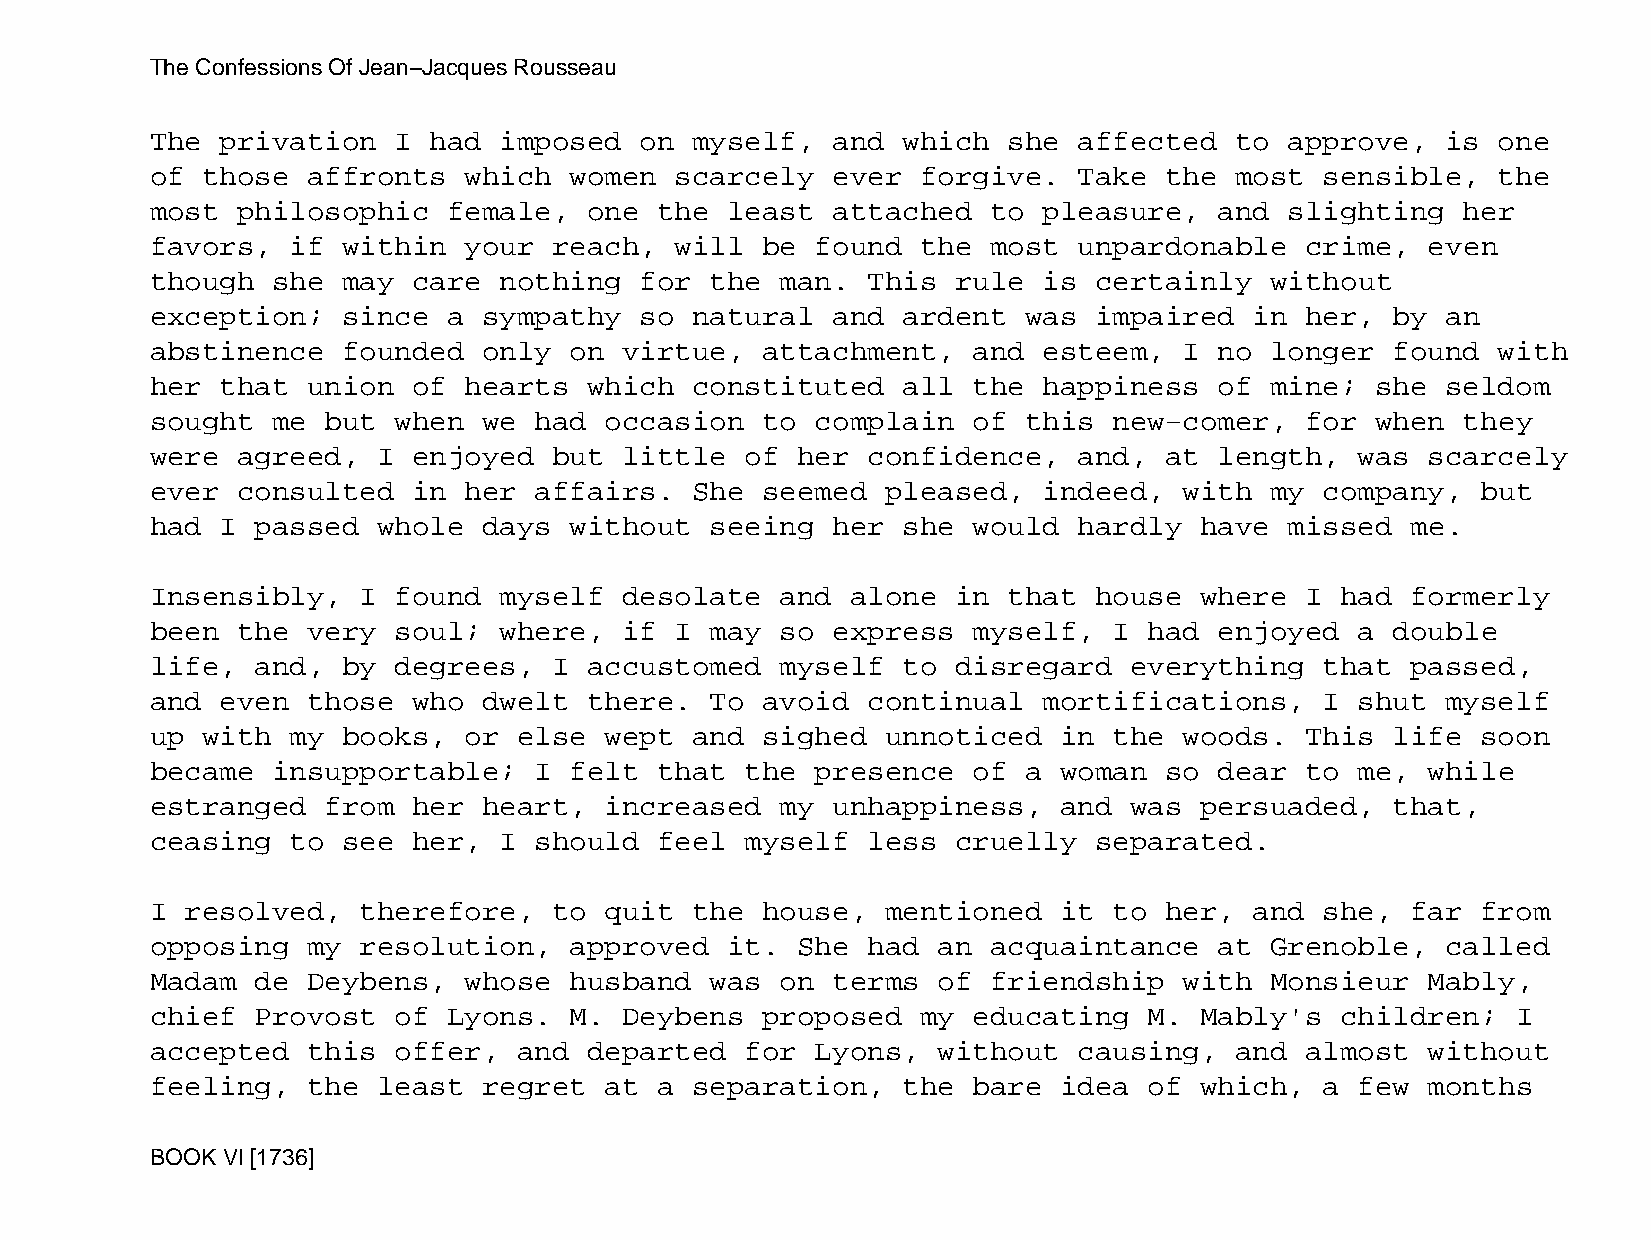
The Confessions Of Jean−Jacques Rousseau
 The  privation  I had  imposed  on  myself,  and  which  she affected   to approve,   is one
 of those  affronts   which  women  scarcely  ever  forgive.  Take  the  most  sensible,  the
 most  philosophic   female,  one  the least  attached   to pleasure,   and slighting   her
 favors,  if  within  your  reach,  will be  found  the  most unpardonable   crime,   even
 though  she  may care  nothing  for  the  man. This  rule  is certainly   without
 exception;   since  a sympathy  so  natural  and  ardent  was impaired   in her,  by  an
 abstinence   founded  only  on virtue,  attachment,   and  esteem,  I  no longer  found  with
 her  that union  of  hearts  which  constituted   all the  happiness   of mine;  she  seldom
 sought  me  but when  we had  occasion  to  complain  of  this  new−comer,  for  when  they
 were  agreed,  I enjoyed   but little  of  her confidence,   and,  at  length,  was  scarcely
 ever  consulted  in  her affairs.   She seemed   pleased,  indeed,  with  my  company,  but
 had  I passed  whole  days  without  seeing  her  she would  hardly  have  missed  me.
 Insensibly,   I found  myself  desolate   and alone  in  that house  where  I  had formerly
 been  the very  soul;  where,  if  I may  so express  myself,   I had  enjoyed  a double
 life,  and,  by degrees,   I accustomed   myself  to disregard   everything   that passed,
 and  even those  who  dwelt  there.  To avoid  continual   mortifications,    I shut  myself
 up with  my  books,  or else  wept  and sighed   unnoticed  in  the woods.  This  life  soon
 became  insupportable;   I  felt  that the  presence  of  a woman  so  dear to  me,  while
 estranged   from her  heart,  increased   my unhappiness,   and  was persuaded,   that,
 ceasing  to  see her,  I should   feel myself  less  cruelly  separated.
 I resolved,   therefore,   to quit  the house,   mentioned  it  to her,  and  she, far  from
 opposing  my  resolution,   approved  it.  She had  an  acquaintance   at Grenoble,   called
 Madam  de Deybens,   whose  husband  was  on terms  of  friendship  with  Monsieur   Mably,
 chief  Provost  of  Lyons.  M. Deybens  proposed   my educating   M. Mably's   children;  I
 accepted  this  offer,  and  departed  for  Lyons,  without  causing,   and almost   without
 feeling,  the  least  regret  at  a separation,   the bare  idea  of which,   a few  months
 BOOK VI [1736]